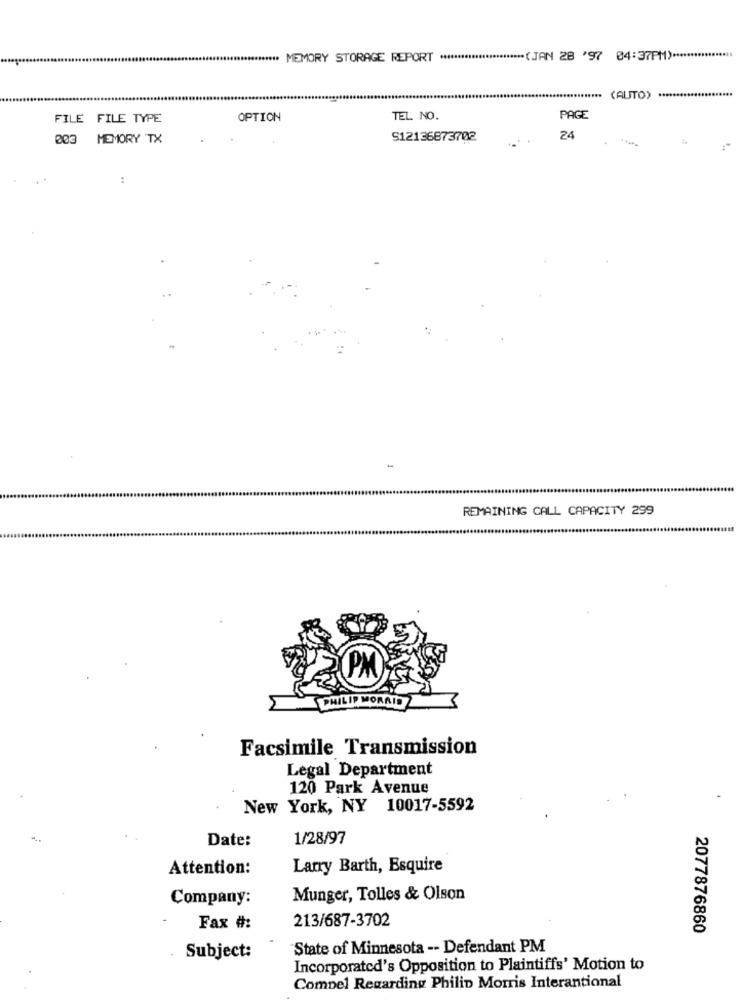
****** MEMORY STORAGE REPORT ************************ (JAN 28 '97 04:37PM) .***************
(ALITO) ************
FILE FILE TYPE
OPTION
TEL NO.
PAGE
003 MEMORY TX
912136873702
24
:
REMAINING CALL CAPACITY 299
PHILIP MORRIS
Facsimile Transmission
Legal Department
120 Park Avenue
New York, NY 10017-5592
Date:
1/28/97
Attention:
Larry Barth, Esquire
Company:
Munger, Tolles & Olson
213/687-3702
Fax #:
2077876860
State of Minnesota -- Defendant PM
Subject:
Incorporated's Opposition to Plaintiffs' Motion to
Compel Regarding Philip Morris Interantional